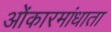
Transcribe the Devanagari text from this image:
ओंकारमांधाता